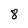
Character: 8